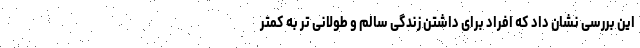
این بررسی نشان داد که افراد برای داشتن زندگی سالم و طولانی تر به کمتر